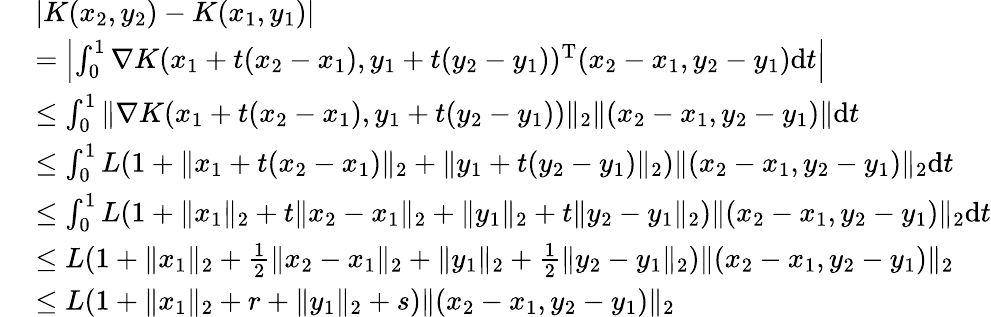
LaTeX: \begin{array}{rl}&{|K(x_{2},y_{2})-K(x_{1},y_{1})|}\\ &{=\left|\int_{0}^{1}\nabla K(x_{1}+t(x_{2}-x_{1}),y_{1}+t(y_{2}-y_{1}))^{\mathrm{T}}(x_{2}-x_{1},y_{2}-y_{1})\mathrm{d}t\right|}\\ &{\le\int_{0}^{1}\| \nabla K(x_{1}+t(x_{2}-x_{1}),y_{1}+t(y_{2}-y_{1}))\| _{2}\| (x_{2}-x_{1},y_{2}-y_{1})\| \mathrm{d}t}\\ &{\le\int_{0}^{1}L(1+\| x_{1}+t(x_{2}-x_{1})\| _{2}+\| y_{1}+t(y_{2}-y_{1})\| _{2})\| (x_{2}-x_{1},y_{2}-y_{1})\| _{2}\mathrm{d}t}\\ {\ }&{\le\int_{0}^{1}L(1+\| x_{1}\| _{2}+t\| x_{2}-x_{1}\| _{2}+\| y_{1}\| _{2}+t\| y_{2}-y_{1}\| _{2})\| (x_{2}-x_{1},y_{2}-y_{1})\| _{2}\mathrm{d}t}\\ {\ }&{\le L(1+\| x_{1}\| _{2}+\frac 12\| x_{2}-x_{1}\| _{2}+\| y_{1}\| _{2}+\frac 12\| y_{2}-y_{1}\| _{2})\| (x_{2}-x_{1},y_{2}-y_{1})\| _{2}}\\ {\ }&{\le L(1+\| x_{1}\| _{2}+r+\| y_{1}\| _{2}+s)\| (x_{2}-x_{1},y_{2}-y_{1})\| _{2}}\end{array}